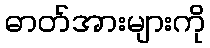
ဓာတ်အားများကို